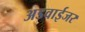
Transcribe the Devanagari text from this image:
अडवाईजर